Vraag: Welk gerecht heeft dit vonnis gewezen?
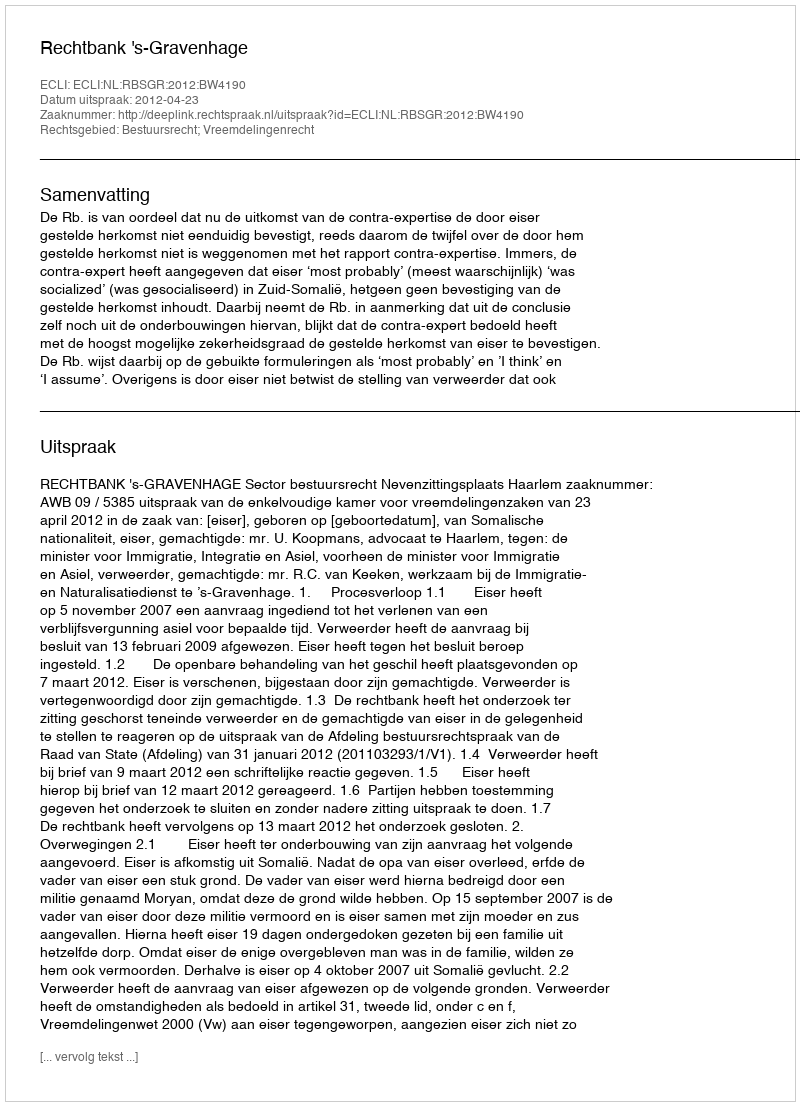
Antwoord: Rechtbank 's-Gravenhage